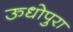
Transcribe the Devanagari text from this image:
ऊधोपुरा